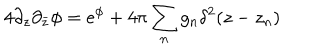
4 \partial _ { z } \partial _ { \bar { z } } \phi = e ^ { \phi } + 4 \pi \sum _ { n } g _ { n } \delta ^ { 2 } ( z - z _ { n } )